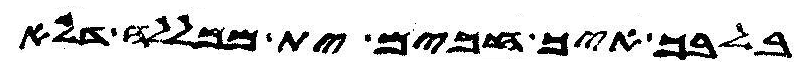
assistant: בלבך איך חכים ית ממללה דלא